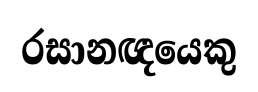
රසානඥයෙකු